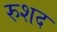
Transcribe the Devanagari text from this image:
रुशद